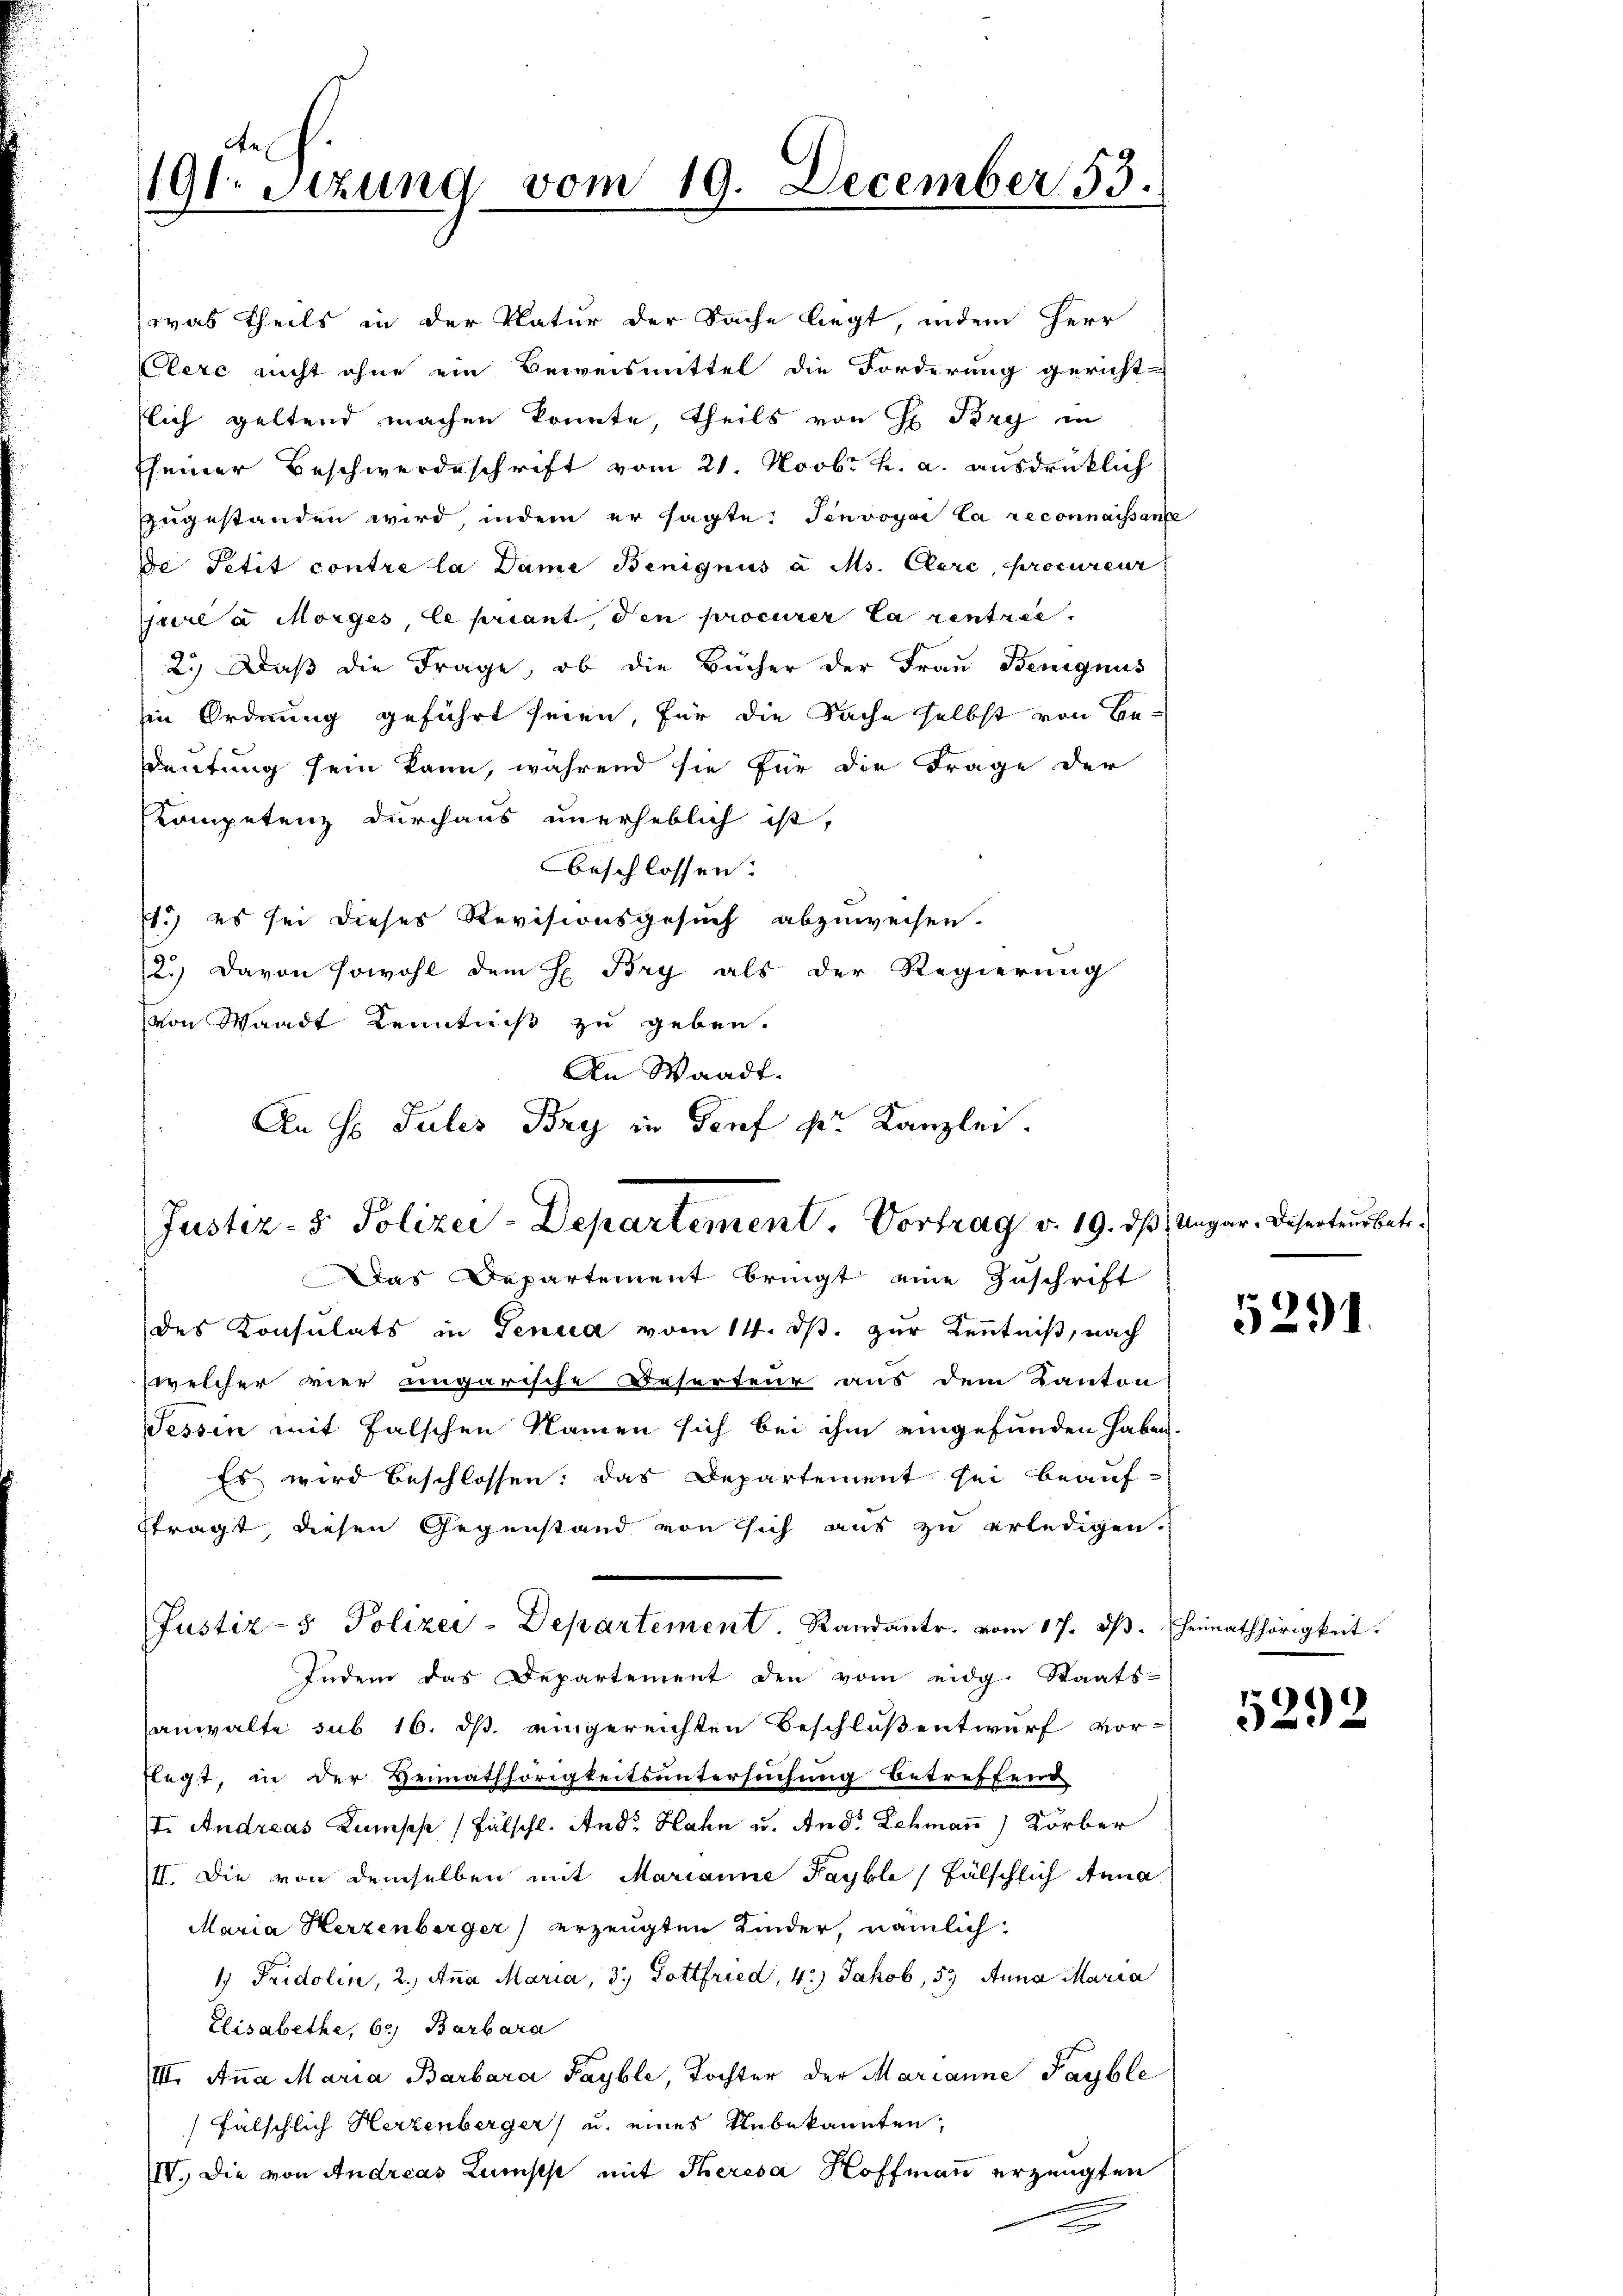
An
191. Sitzung vom 19. December 53.

was theils in der Natur der Sache liegt, indem Herr
Cerc nicht ohne ein Beweismittel die Forderung gericht-
lich geltend machen konnte, theils von H Pry in
seiner Beschwerdeschrift vom 21. Novbr. h. a. ausdrücklich
zugestanden wird, indem er sagte: Jenvoyai la reconnaissance
de Petit contre la Dame Benignus à Ms. Clere, procureur
pure à Morges, le priant, den procurer la rentree.
2.) Daß die Frage, ob die Bücher der Frau Benignus
in Ordnung geführt seien, für die Sache selbst von Be-
deutung sein kann, während sie für die Frage der
Kompetenz durchaus unerheblich ist,
Beschlossen:
1.) es sei dieses Revisionsgesuch abzuweisen.
2.) Davon sowohl dem H. Bry als der Regierung
von Waadt Kenntniß zu geben.
Das Departement bringt eine Zuschrift
des Konsulats in Genua vom 14. ds. zur Kenntniß, nach
welcher vier ungarische Reserteur aus dem Kanton
Tessin mit falschen Namen sich bei ihm eingefunden haben.
Es wird beschlossen: das Departement sei beaufftragt, diesen Gegenstand von sich aus zu erledigen.
Justiz- & Polizei-Departement. Randantr. vom 17. ds. Heimathörigkeit.
Indem das Departement den vom eidg. Staats-
anwalte sub 16. ds. eingereichten Beschloßentwurf vor-
flegt, in der Heimathörigkeitsuntersuchung betreffend
I. Andreas Lumph /Fälschl. And. Hahn u. And. Lehmaṅ) Körber
III. Die von demselben mit Marianne Fayble fälschlich Anna
Maria Herzenberger) erzeugten Kinder, nämlich:
1) Fridolin, 2. Aṅa Maria, 3 Dottfried, 4.) Jakob, 53 Anna Maria
Elisabethe, 62, Barbara
IIII. Aṅa Maria Barbara Payble, Tochter der Marianne Payble
fälschlich Herzenberger) u. eines Unbekannten,
IV. Die von Andreas Zunsts mit Theresa Hoffmann erzeugten

An Waadt.
An H. Julis Bry in Dorf der Kanzlei.
Justiz- & Polizei-Departement. Vortrag v. 19. ds Ungar. Deserteur betr.

5291.

5292